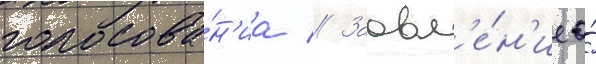
голосова́н'иа // Заавл'е́н'ие о́